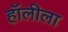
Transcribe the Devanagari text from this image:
हॉलीला